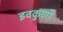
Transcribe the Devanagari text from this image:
इवकुणी